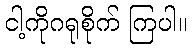
ငါ့ကိုဂရုစိုက် ကြပါ။